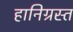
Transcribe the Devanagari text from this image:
हानिग्रस्त